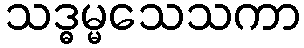
သဒ္ဓမ္မသေသကာ